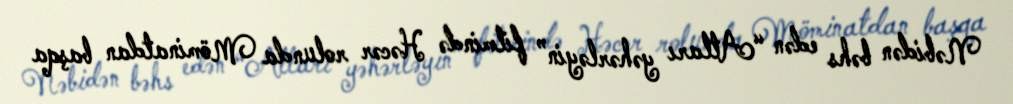
Nəbidən bəhs edən “Atları yəhərləyin” filmində Həcər rolunda Möminatdan başqa